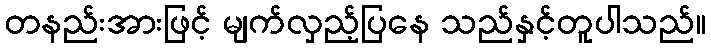
တနည်းအားဖြင့် မျက်လှည့်ပြနေ သည်နှင့်တူပါသည်။